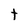
Character: t